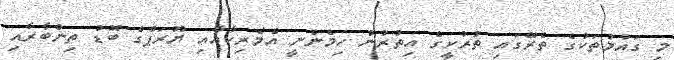
މި ގައުމުތަކުގެ ތެރޭގައި ތުރުކީގެ އިތުރުން ހިމެނެނީ އެމެރިކާއާއި ޔޫރަޕްގެ ބޮޑު ތިންބާރާއި